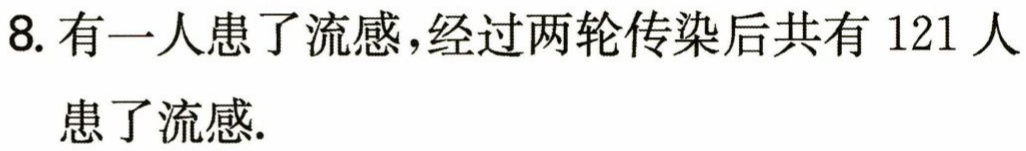
8. 有一人患了流感，经过两轮传染后共有 121 人患了流感.